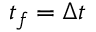
t _ { f } = \Delta t